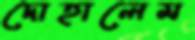
দোহালেম